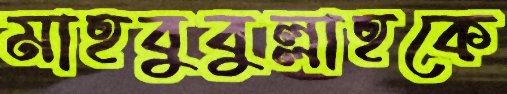
মাহবুবুল্লাহকে